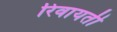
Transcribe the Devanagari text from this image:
रिवायती